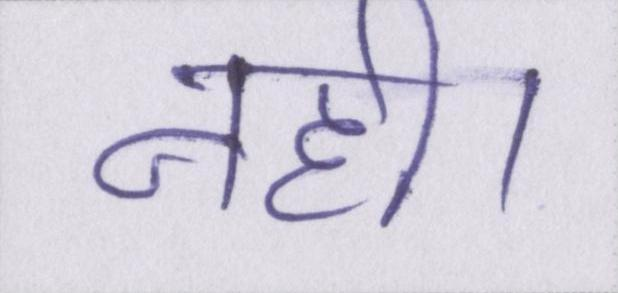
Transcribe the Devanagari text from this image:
नही।